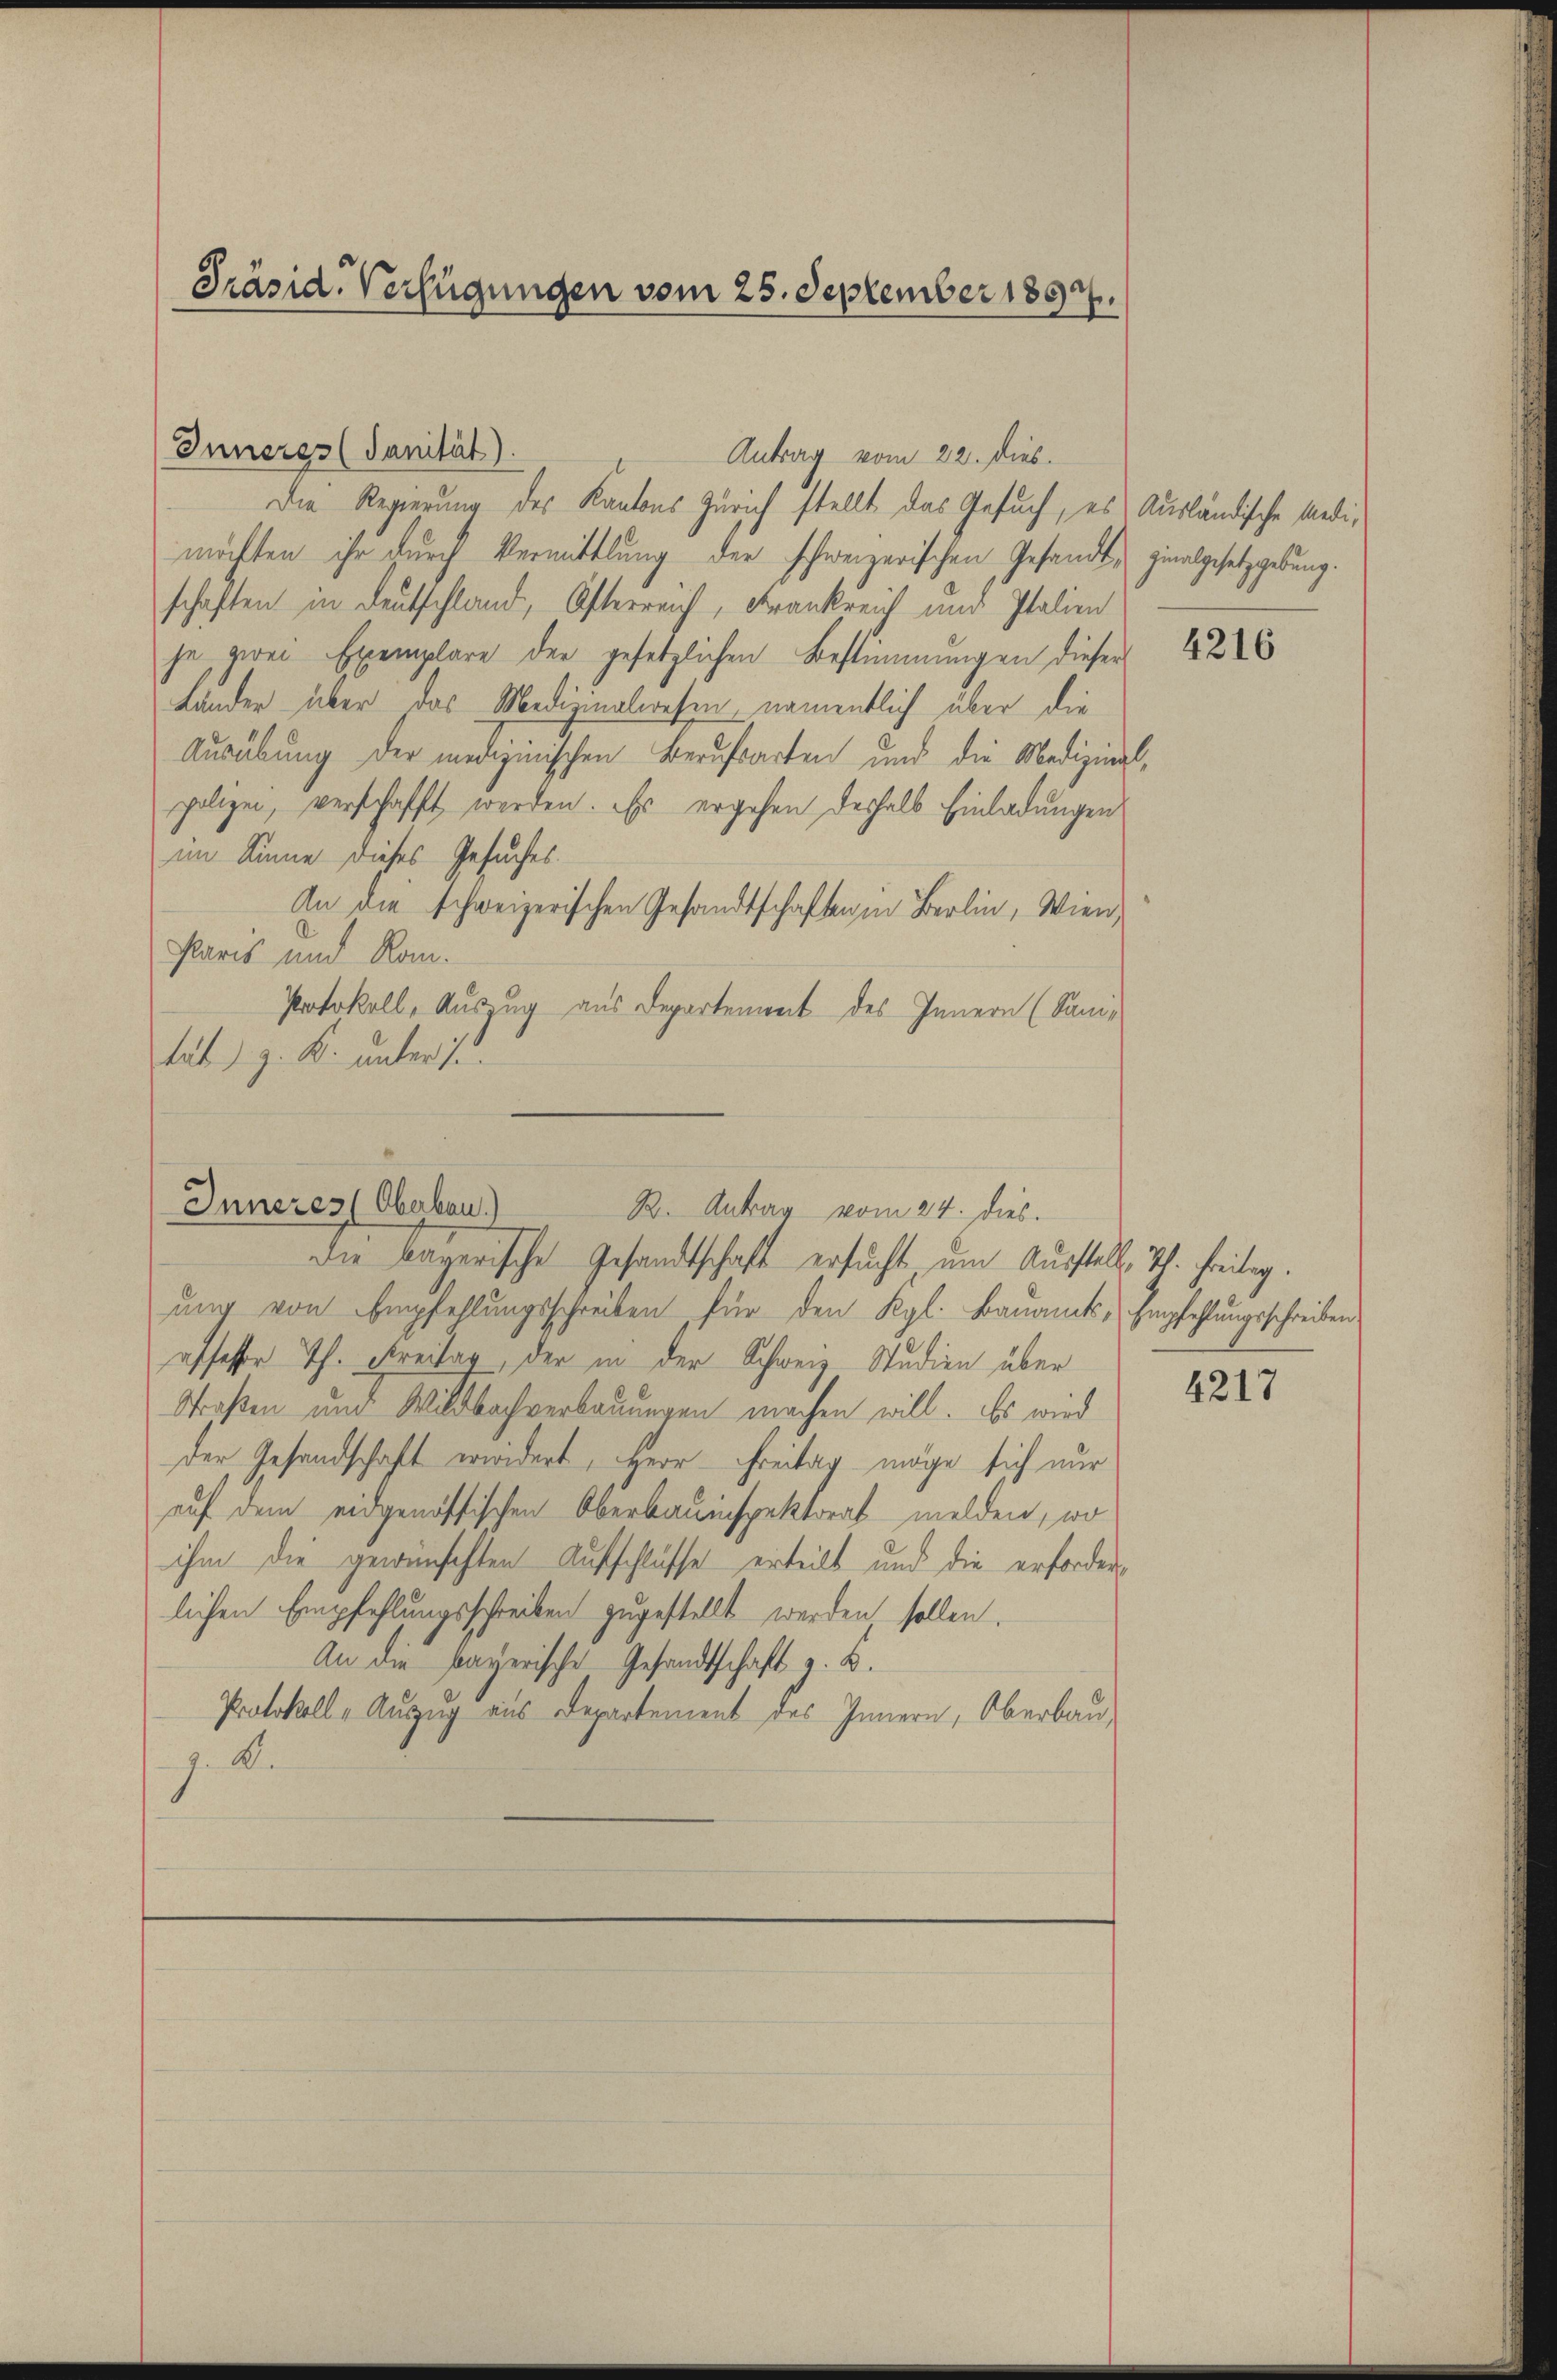
Inneres (Sanität).
Antrag vom 22. dies
Die Regierung des Kantons Zürich stellt das Gesuch, es Ausländische Medimöchten ihr durch Vermittlung der schweizerischen Gesandt, zinalgesetzgebung.
schaften in Deutschland, Osterreich, Frankreich und Italien
je zwei Exemplare der gesetzlichen Bestimmungen dieser
Länder über das Medizinalwesen, namentlich über die
Ausübung der medizinischen Berufsarten und die Medizinal-
polizen, verschafft werden. Es ergehen deshalb Einladungen
im Sinne dieses Gesuches
An die schweizerischen Gesandtschaften in Berlin, Wien,
Paris und Rom.
Protokoll, Auszug aus Departenweit des Innern (Sanitat. d. J. K. unter 7.

Präsid. Verfügungen vom 25. September 1897.

Inneres (Oberbau)
R. Antrag vom 24. dies.

Die bayerische Gesandtschaft ersucht um Ausstelle, Th. Freitag.
ung von Empfehlungsschreiben für den Kgl. Bauamts - Empfehlungsschreiben
offesser Th. Freitag, der in der Schweiz Studien über
Straßen und Wildbachverbauungen machen will. Es wird
der Gesandschaft erwidert, Herr Freitag möge sich nur
auf dem eidgenössischen Oberbauinspektorat melden, wo
ihm die gewünschten Aufschlüsse erteilt und die erforderlichen Empfehlungsschreiben zugestellt werden sollen.
An die payerische Gesandtschaft z. B.
Protokoll-Auszug aus Departement des Innern, Oberbau
.

4216

4217